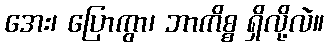
အေး၊ ပြောကွာ၊ ဘာကိစ္စ ရှိလို့လဲ။